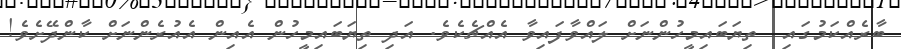
ބާރެއްކަމުގައި  ތިޔަބައިމީހުންނަށް ލައްވާފައިވާ އެއްޗެކެވެ. އަދި ތިޔަބައިމީހުން އެއިން އެއުރެންނަށް ކާންދޭށެވެ!